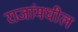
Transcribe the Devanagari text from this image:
राजांमधील